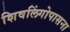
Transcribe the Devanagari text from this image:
शिवलिंगोपासना